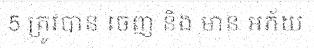
5 ត្រូវបាន ចេញ និង មាន អភ័យ